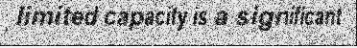
limited capacity is a significant